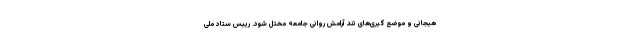
هیجانی و موضع گیری‌های تند آرامش روانی جامعه مختل شود. رییس ستاد ملی